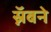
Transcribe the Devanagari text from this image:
स्नॅबने